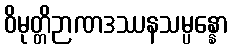
ဝိမုတ္တိဉာဏဒဿနသမ္ပန္နော